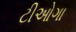
ટીઓગા